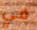
في